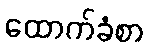
ထောက်ခံစာ